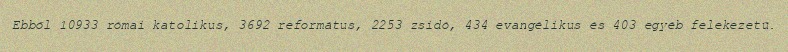
Ebből 10933 római katolikus, 3692 református, 2253 zsidó, 434 evangélikus és 403 egyéb felekezetű.